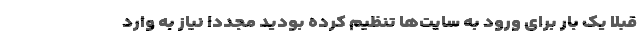
قبلاً یک بار برای ورود به سایت‌ها تنظیم کرده بودید مجددا نیاز به وارد